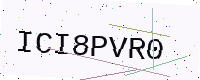
Text: ICI8PVR0